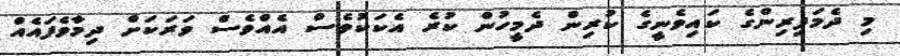
މި ދެމަފިރިންގެ ކައިވެނީގެ ކުރިން ދެމީހުން ކުރެ އެކަކުވެސް އެއްވެސް ވަރަކަށް ދިމާވެފައެއް